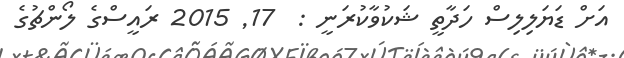
އަށް ޑަޔަލިލިސް ހަދާތީ ޝަކުވާކުރަނީ :  17